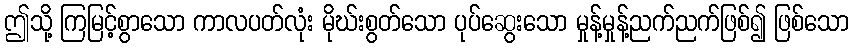
ဤသို့ ကြမြင့်စွာသော ကာလပတ်လုံး မိုဃ်းစွတ်သော ပုပ်ဆွေးသော မှုန့်မှုန့်ညက်ညက်ဖြစ်၍ ဖြစ်သော